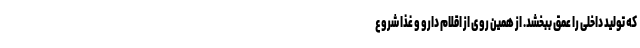
که تولید داخلی را عمق ببخشد. از همین روی از اقلام دارو و غذا شروع